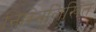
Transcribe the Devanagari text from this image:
निम्‍निलिखित